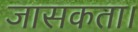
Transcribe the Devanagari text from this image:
जासकता।